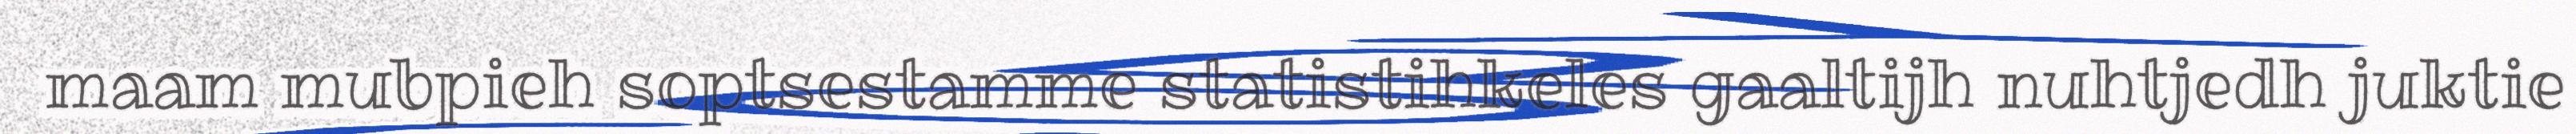
maam mubpieh soptsestamme statistihkeles gaaltijh nuhtjedh juktie